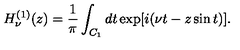
H _ { \nu } ^ { ( 1 ) } ( z ) = \frac { 1 } { \pi } \int _ { C _ { 1 } } d t \exp [ i ( \nu t - z \sin t ) ] .